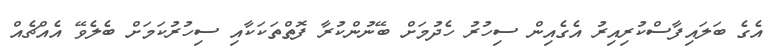
އެގެ ބަލައިފާސްކުރިއިރު އެގެއިން ސިހުރު ހެދުމަށް ބޭނުންކުރާ ފޮތްތަކަކާއި ސިހުރުކަމަށް ބެލެވޭ އެއްޗެއް